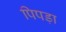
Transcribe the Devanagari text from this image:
पिपड़ा